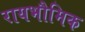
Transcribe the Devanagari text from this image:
रायभौमिक